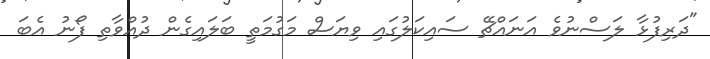
"ދަރިފުޅާ ލަސްނުވެ އަނައްޗޭ ސައިކަލުގައި ވިޔަސް މަގުމަތީ ބަލައިގެން ދުއްވާތި ފޯނު އެބަ